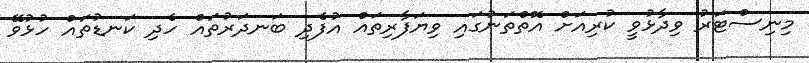
މިނިސްޓަރު ވިދާޅުވީ ކުރިއަށް އޮތްތަނުގައި ވިޔަފާރިތައް އުފެދި ބަނދަރުތައް ހެދި ކަނޑުތައް ހުޅުވޭ